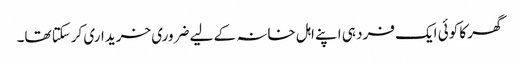
گھر کا کوئی ایک فرد ہی اپنے اہل خانہ کے لیے ضروری خریداری کرسکتا تھا۔